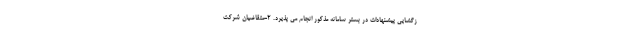
زگشایی پیشنهادات در بستر سامانه مذکور انجام می پذیرد. 2-متقاضیان شرکت